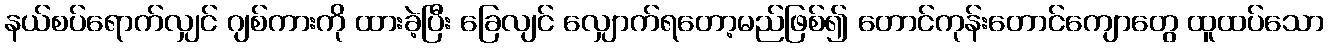
နယ်စပ်ရောက်လျှင် ဂျစ်ကားကို ထားခဲ့ပြီး ခြေလျင် လျှောက်ရတော့မည်ဖြစ်၍ တောင်ကုန်းတောင်ကျောတွေ ထူထပ်သော